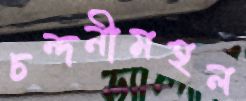
চন্দনীমহল